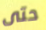
حتى